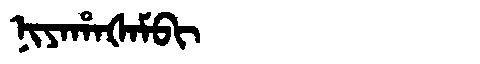
Manchu: ᠨᡳᠶᠠᡥᠠᡧᠠᠮᠪᡳ
Romanization: NIYAHAŠAMBI